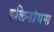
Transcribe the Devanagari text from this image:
इलिनोयस